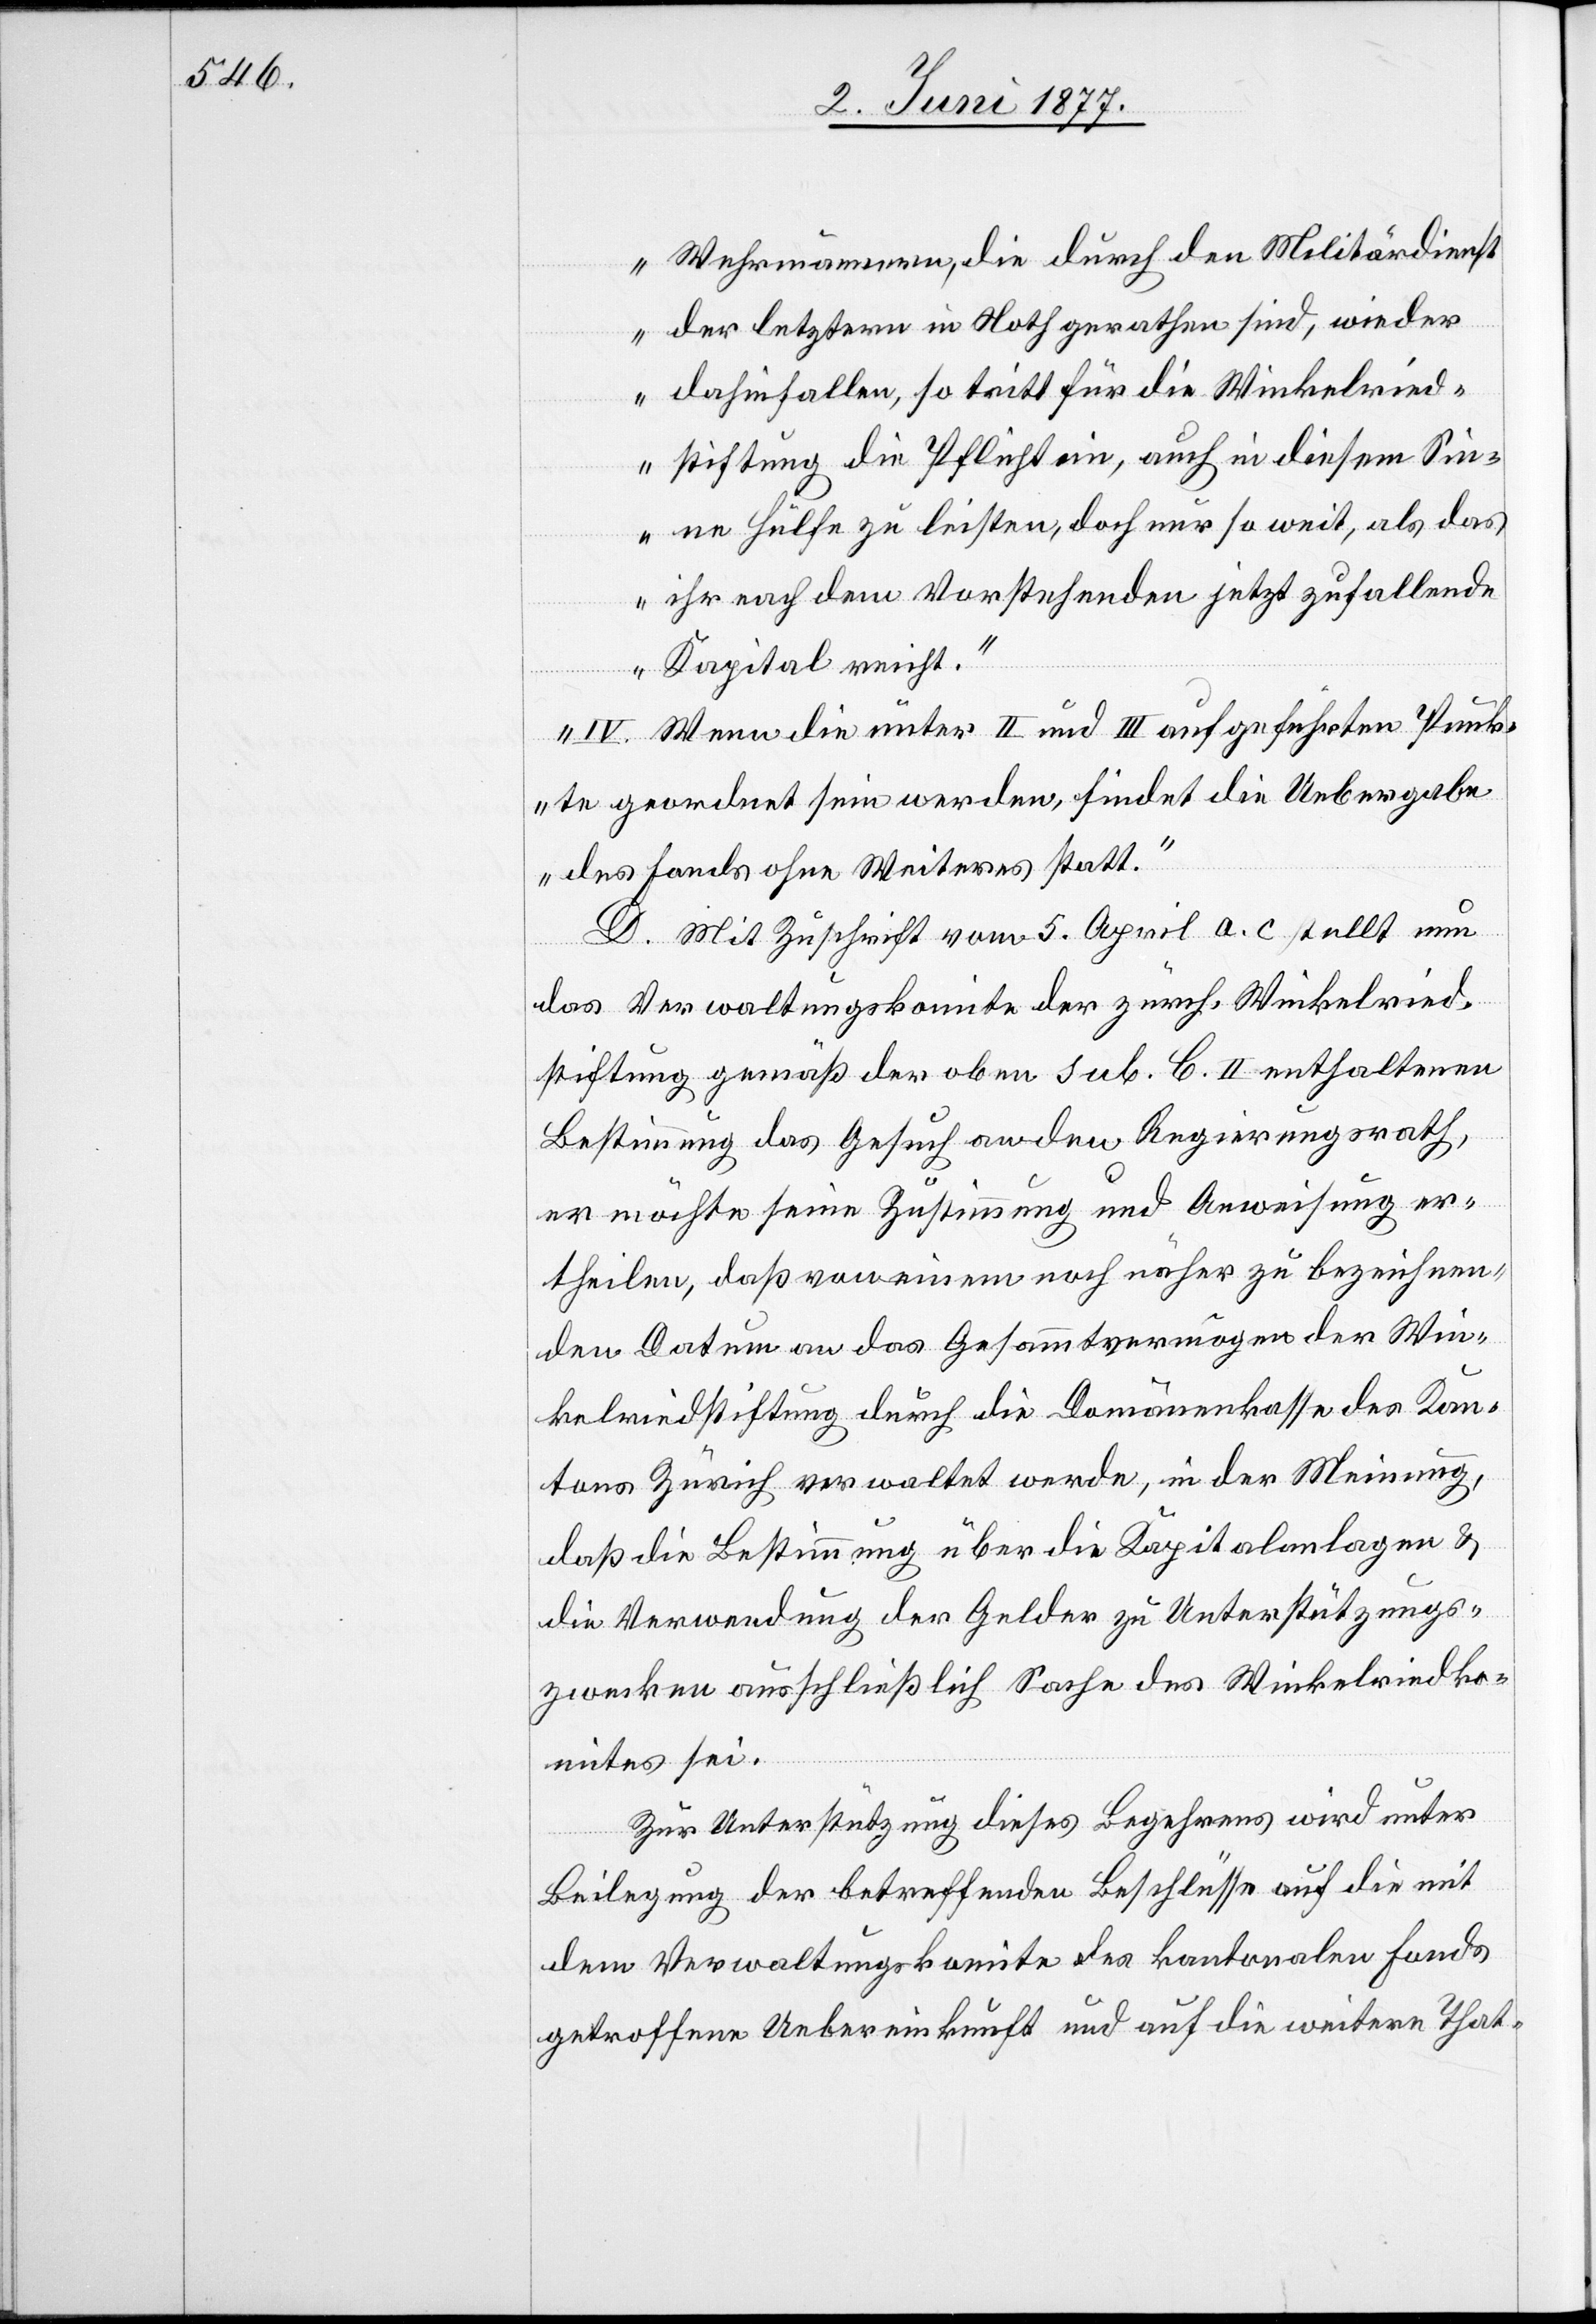
Wehrmännern, die durch den Militärdienst
der letztern in Noth geraten sind, wieder
dahinfallen, so tritt für die Winkelried¬
stiftung die Pflicht ein, auch in diesem Sin¬
ne Hülfe zu leisten, doch nur so weit, als das
ihr nach dem Vorstehenden jetzt zufallende
Kapital reicht.
IV. Wenn die unter II und III aufgeführten Punk¬
te geordnet sein werden, findet die Uebergabe
des Fondes ohne Weiteres statt.“
D. Mit Zuschrift vom 5. April a. c. stellt nun
das Verwaltungskomite der zürch. Winkelried¬
stiftung gemäß der oben sub. C. II enthaltenen
Bestimmung das Gesuch an den Regierungsrath,
er möchte seine Zustimmung und Anweisung er¬
theilen, daß von einem noch näher zu bezeichnen¬
den Datum an das Gesammtvermögen der Win¬
kelriedstiftung durch die Domänenkasse des Kan¬
tons Zürich verwaltet werde, in der Meinung,
daß die Bestimmung über die Kapitalanlagen &
die Verwendung der Gelder zu Unterstützungs¬
zwecken ausschließlich Sache des Winkelriedko¬
mites sei.
Zur Unterstützung dieses Begehrens wird unter
Beilegung der betreffenden Beschlüsse auf die mit
dem Verwaltungskomite des kantonalen Fonds
getroffene Uebereinkunft und auf die weitere That-